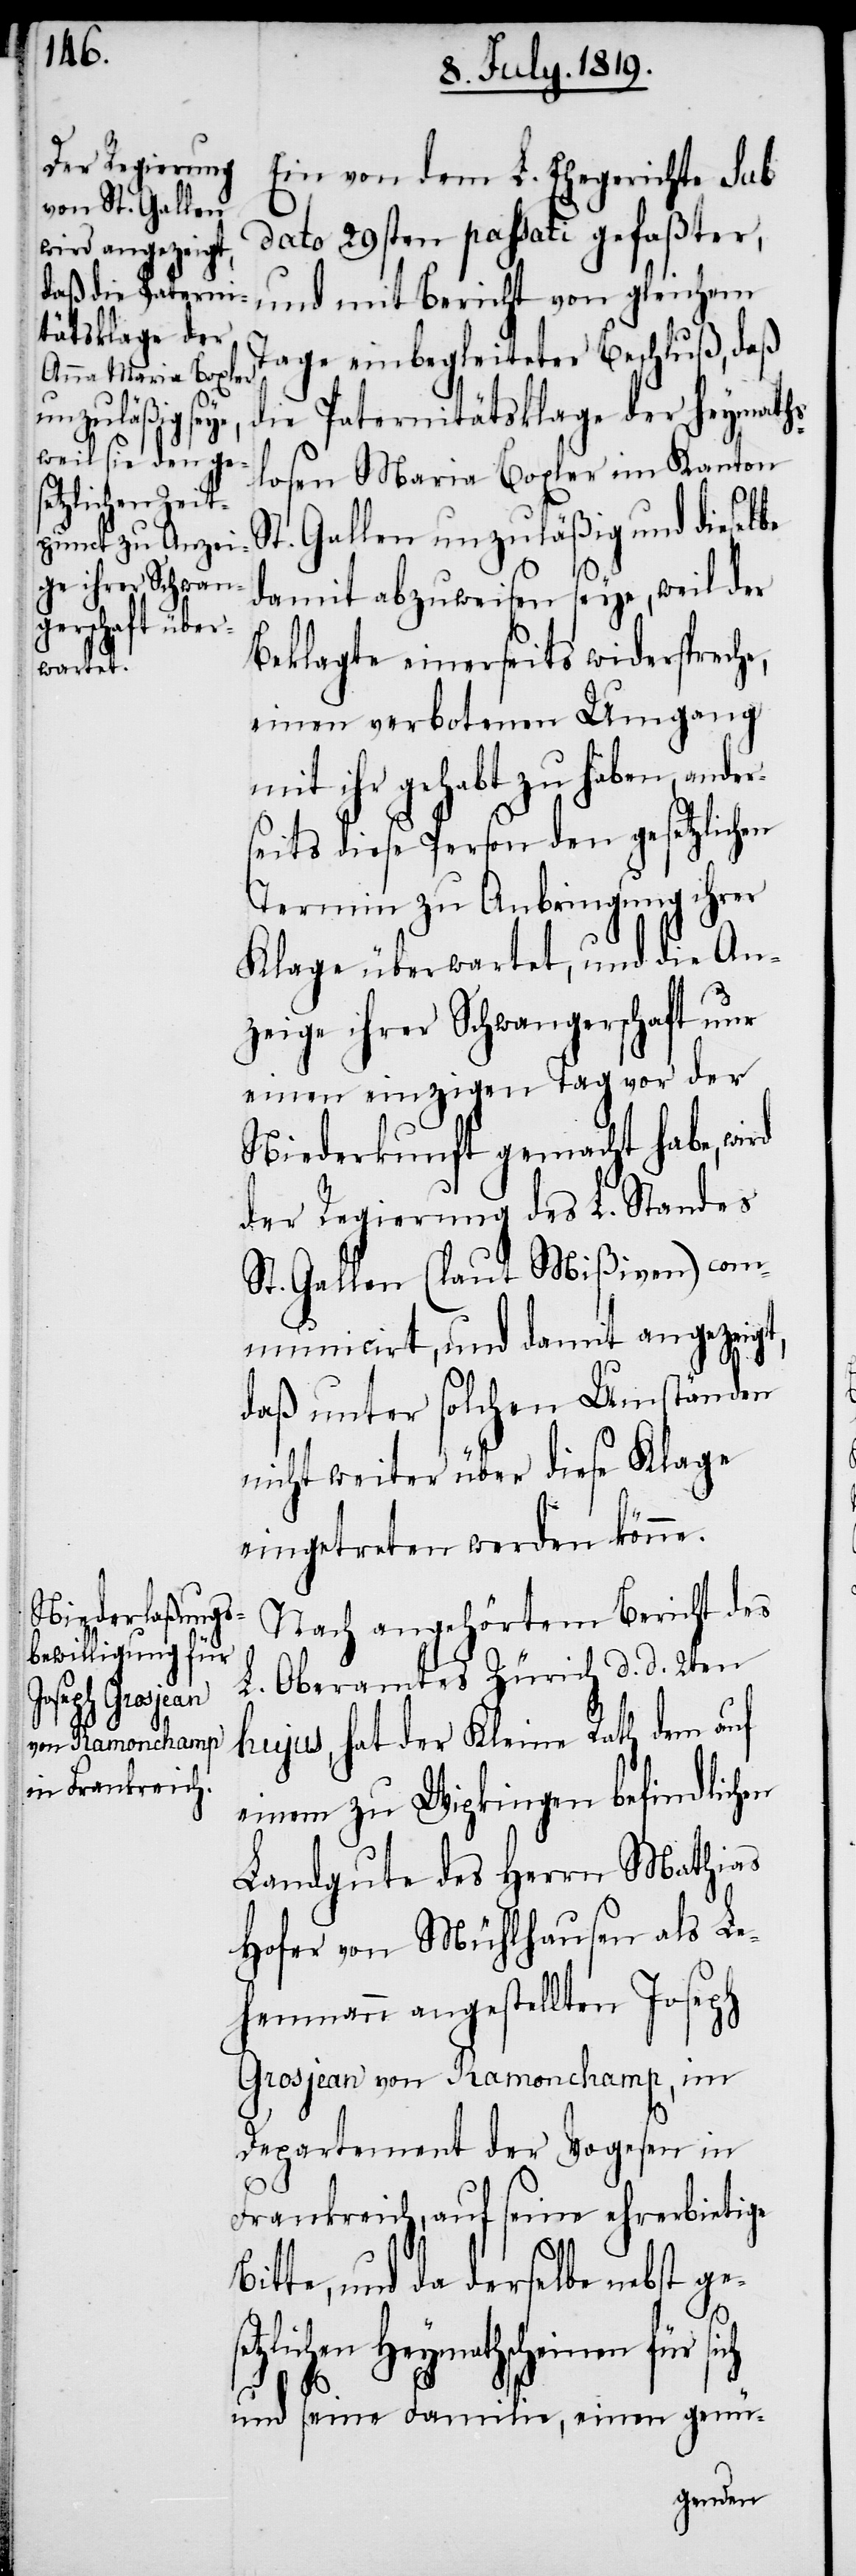
Ein von dem L. Ehegerichte sub
dato 29sten passati gefaßter,
und mit Bericht von gleichem
Tage einbegleiteter Beschluß, daß
die Paternitätsklage der heymaths¬
losen Maria Boxler im Kanton
St. Gallen unzuläßig und dieselbe
damit abzuweisen seye, weil der
Beklagte einerseits widerspreche,
einen verbotenen Umgang
mit ihr gehabt zu haben, and¬
seits diese Person den gesetzlichen
Termin zu Anbringung ihrer
Klage überwartet, und die An¬
zeige ihrer Schwangerschaft nur
einen einzigen Tag vor der
Niederkunft gemacht habe, wird
der Regierung des L. Standes
St. Gallen (laut Mißiven) com¬
municirt, und damit angezeigt,
daß unter solchen Umständen
nicht weiter über diese Klage
eingetreten werden könne.
Nach angehörtem Bericht des
L. Oberamtes Zürich d. d. 2ten
hujus, hat der Kleine Rath dem auf
einem zu Wipkingen befindlichen
Landgute des Herrn Mathias
Hofer von Mühlhausen als Le¬
henmann angestellten Joseph
Grosjean von Ramonchamp, im
Departement der Vogesen in
Frankreich, auf seine ehrerbietige
Bitte, und da derselbe nebst ge¬
tzlichen Heymathscheinen für
se¬
und seine Familie, einen genü-